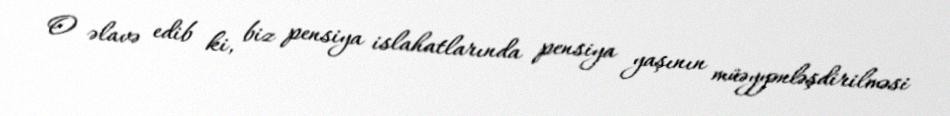
O əlavə edib ki, biz pensiya islahatlarında pensiya yaşının müəyyənləşdirilməsi